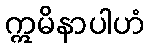
ဣမိနာပါဟံ